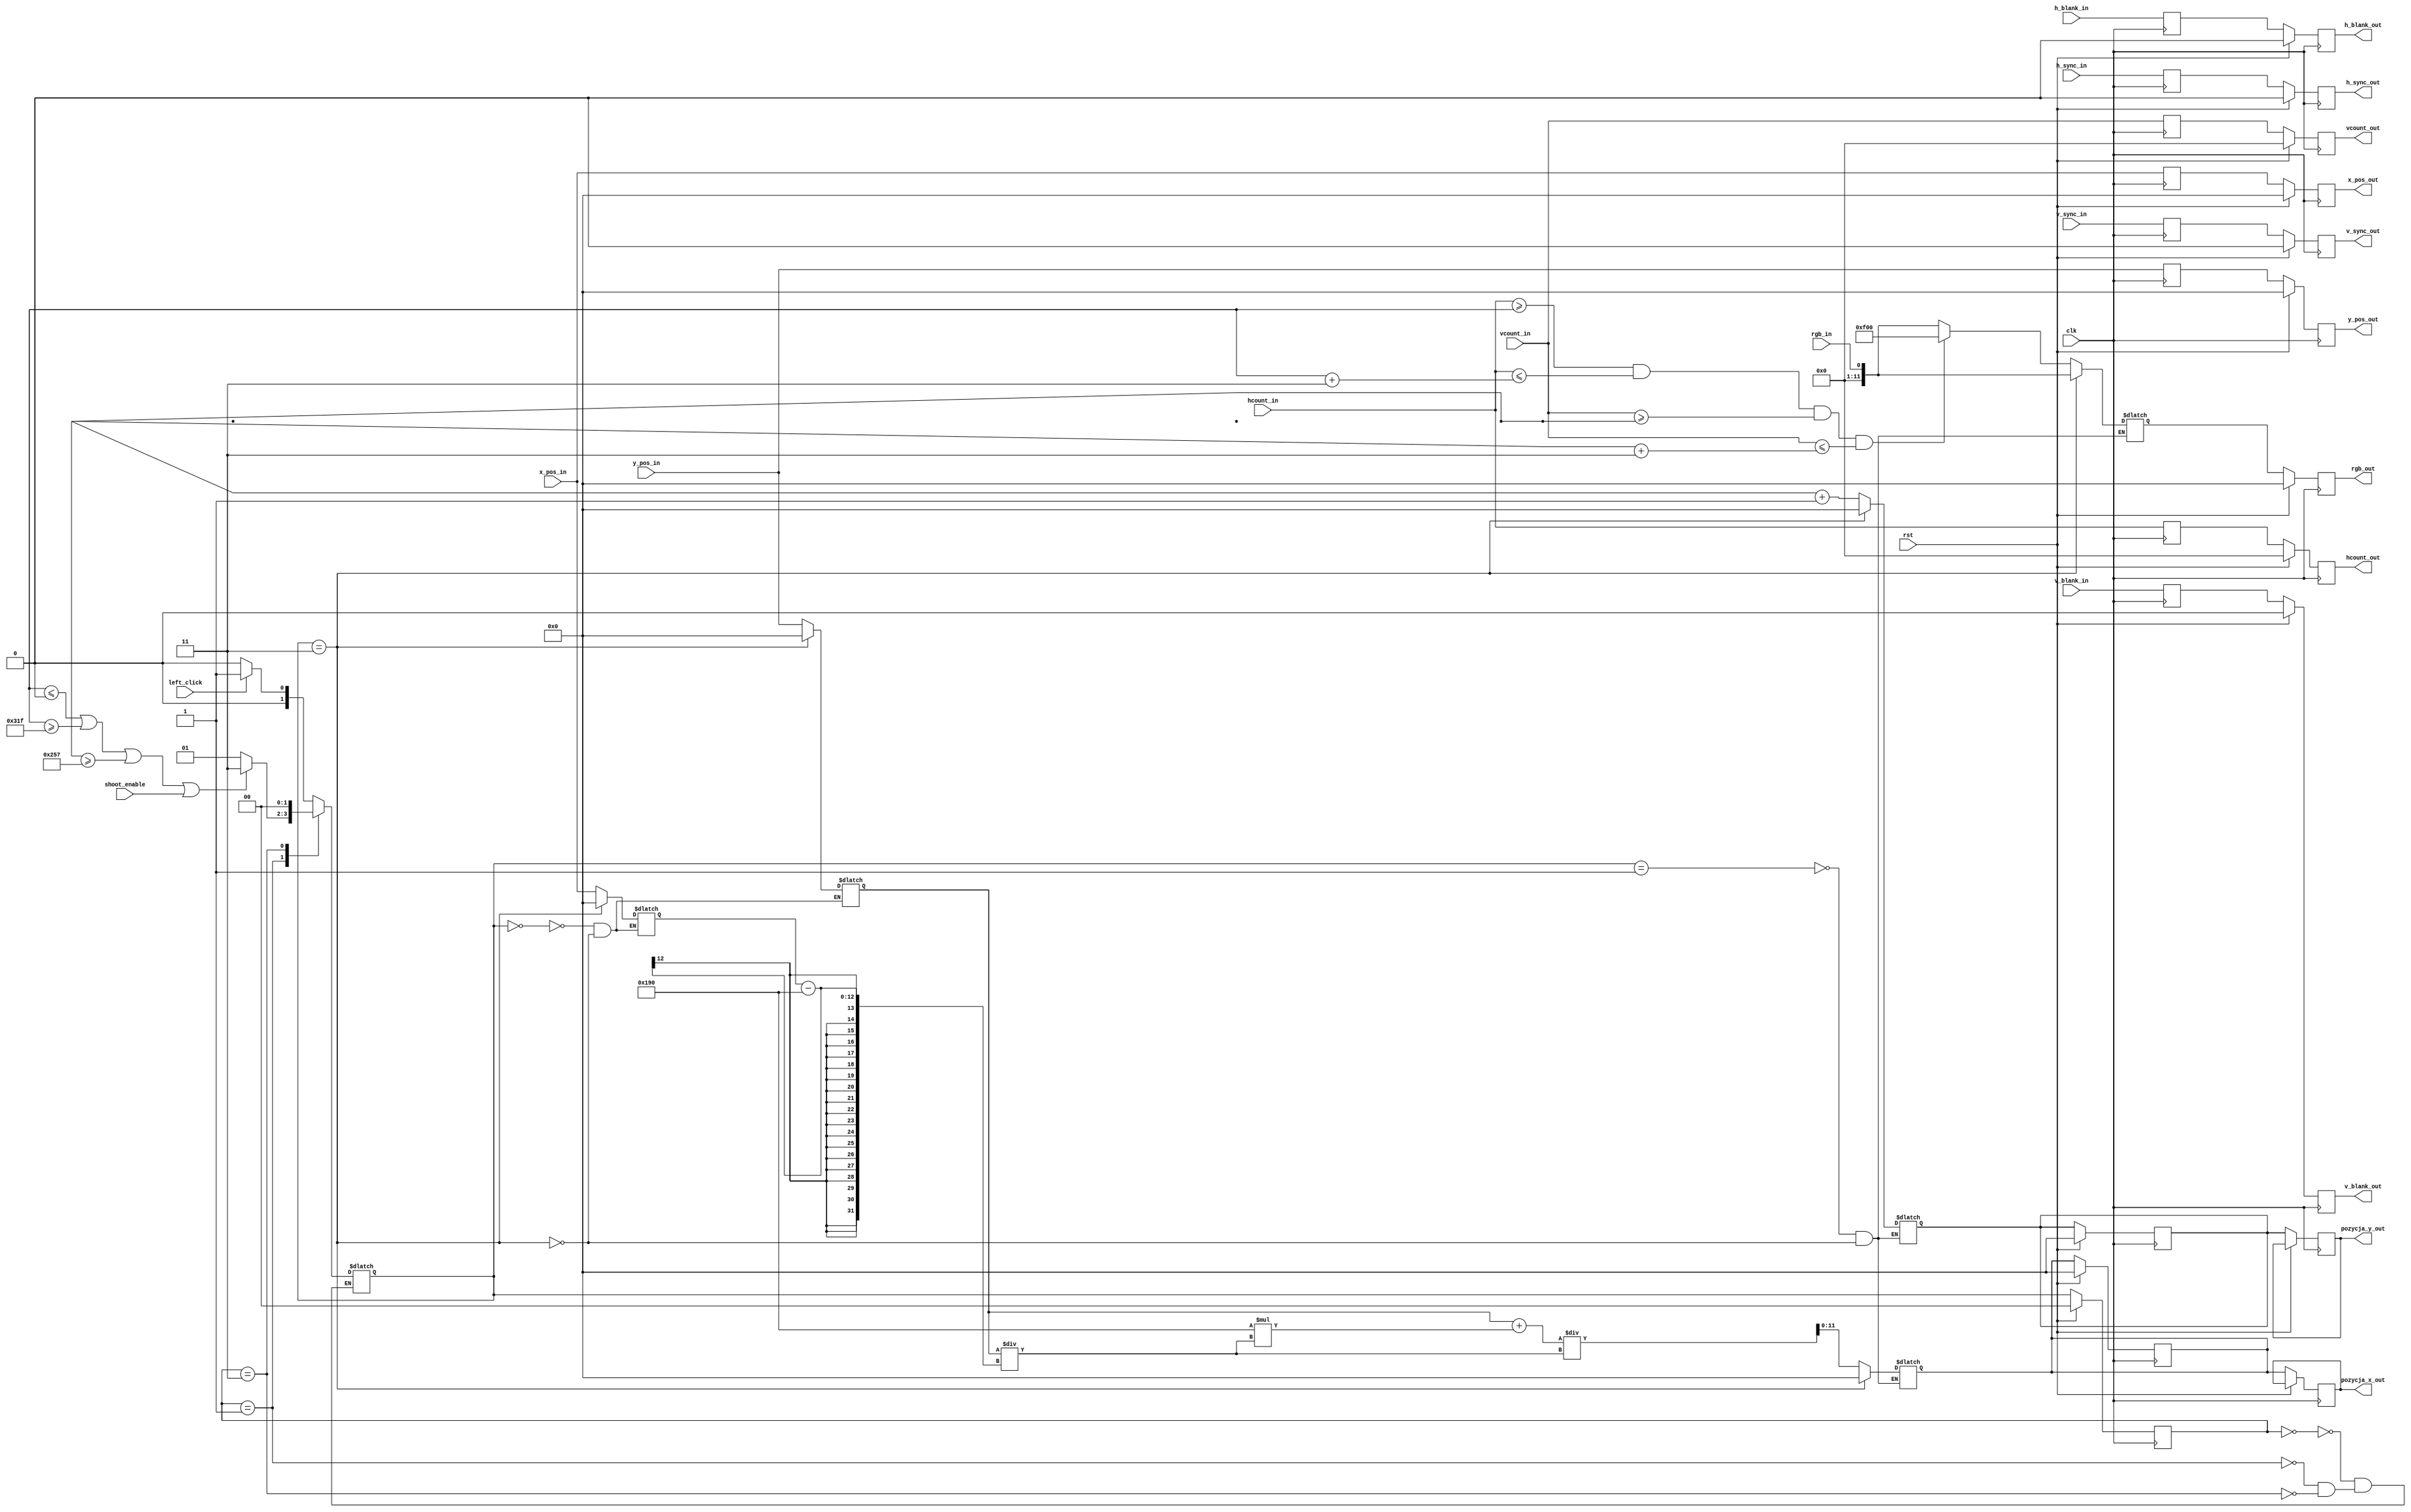
//////////////////////////////////////////////////////////////////////////////
/*
 Module name:   template_fsm
 Author:        Przemek Drwal && Tomek Wieclawek
 Version:       1.1
 Last modified: 2017-04-28
 Coding style: safe with FPGA sync reset
 Description:  Template for modified Moore FSM for UEC2 project
 */
//////////////////////////////////////////////////////////////////////////////
module Strzal

	(

		input wire clk,  // posedge active clock
		input wire rst,  // high-level active synchronous reset
		input wire [10:0] hcount_in,
		input wire [10:0] vcount_in,
		input wire h_sync_in,
		input wire v_sync_in,
		input wire h_blank_in,
		input wire v_blank_in,
		input wire rgb_in,
		output reg [10:0] hcount_out,
        output reg [10:0] vcount_out,		
		output reg h_blank_out,
		output reg v_blank_out,
		output reg h_sync_out,
		output reg v_sync_out,
		output reg [11:0] rgb_out,
		output reg [11:0] x_pos_out,
		output reg [11:0] y_pos_out,
		output reg [11:0] pozycja_y_out,  // pozycja pocisku
		output reg [11:0] pozycja_x_out,
				
		input wire shoot_enable,
		input wire [11:0] x_pos_in,
		input wire [11:0] y_pos_in,
		input wire left_click
		
	);

//------------------------------------------------------------------------------
// local parameters
//------------------------------------------------------------------------------
	localparam STATE_BITS = 2; // number of bits used for state register
	localparam
	ODDAJ_STRZAL = 2'b00, // idle state
	STRZAL = 2'b01,
	USUN_POCISK = 2'b11;

	localparam POCISK_START_X = 400;
	localparam POCISK_START_Y = 0;

//------------------------------------------------------------------------------
// local variables
//------------------------------------------------------------------------------
	reg [ STATE_BITS-1 : 0 ] state = ODDAJ_STRZAL;
	reg [ STATE_BITS-1 : 0 ] state_nxt;
	
	reg  [11:0] pozycja_x_myszy;
	reg  [11:0] pozycja_y_myszy;
	reg  [11:0] pozycja_x;
    reg  [11:0] pozycja_y;	
    reg  [11:0] pozycja_x_nxt;
    reg  [11:0] pozycja_y_nxt;    
    
    reg [10:0] hcount_nxt;
    reg [10:0] vcount_nxt;        
    reg h_blank_nxt;
    reg v_blank_nxt;
    reg h_sync_nxt;
    reg v_sync_nxt;
    reg [11:0] rgb_nxt;
    reg [11:0] x_pos_nxt;
    reg [11:0] y_pos_nxt;
	
//------------------------------------------------------------------------------
// state sequential with synchronous reset
//------------------------------------------------------------------------------
	always @(posedge clk) begin : state_seq
		if(rst)begin : state_seq_rst
			state <= ODDAJ_STRZAL;
		end
		else begin : state_seq_run
			state <= state_nxt;
		end
	end
//------------------------------------------------------------------------------
// next state logic
//------------------------------------------------------------------------------
	always @* begin : state_comb
		case(state)
            ODDAJ_STRZAL: begin
            state_nxt = left_click ? STRZAL : ODDAJ_STRZAL; 
            end
            STRZAL:
            state_nxt = ((pozycja_x<=0) || (pozycja_x >=799) || (pozycja_y >=599) || shoot_enable) ? USUN_POCISK : STRZAL;
            
            USUN_POCISK:
            state_nxt = ODDAJ_STRZAL;
            
		endcase
	end
//------------------------------------------------------------------------------
// output register
//------------------------------------------------------------------------------
    always @(posedge clk) begin : out_nxt
        hcount_nxt <= hcount_in;
        vcount_nxt <= vcount_in;    
        h_blank_nxt <= h_blank_in;
        v_blank_nxt <= v_blank_in;
        h_sync_nxt <= h_sync_in;
        v_sync_nxt <= v_sync_in;
        x_pos_nxt <= x_pos_in;
        y_pos_nxt <= y_pos_in;
    end
    
	always @(posedge clk) begin : out_reg
		if(rst) begin : out_reg_rst
            hcount_out <= 0;
            vcount_out <= 0;    
            h_blank_out <= 0;
            v_blank_out <= 0;
            h_sync_out <= 0;
            v_sync_out <= 0;
            rgb_out <= 0;
            x_pos_out <= 0;
            y_pos_out <= 0;
            pozycja_x_nxt <= 0;
            pozycja_y_nxt <= 0;
		end
		else begin : out_reg_run
            hcount_out <= hcount_nxt;
            vcount_out <= vcount_nxt;    
            h_blank_out <= h_blank_nxt;
            v_blank_out <= v_blank_nxt;
            h_sync_out <= h_sync_nxt;
            v_sync_out <= v_sync_nxt;
            rgb_out <= rgb_nxt;
            x_pos_out <= x_pos_nxt;
            y_pos_out <= y_pos_nxt;
            pozycja_x_out <= pozycja_x_nxt;
            pozycja_y_out <= pozycja_y_nxt;
		end
	end
	
//------------------------------------------------------------------------------
// output logic
//------------------------------------------------------------------------------
	always @* begin : out_comb
		case(state_nxt)
			ODDAJ_STRZAL: begin
            pozycja_x_myszy = x_pos_in;
            pozycja_y_myszy = y_pos_in;
			end
			
			STRZAL: begin
			pozycja_y_nxt = pozycja_y +1'b1;
			pozycja_x_nxt = (pozycja_y_myszy + POCISK_START_X*(pozycja_y_myszy/(pozycja_x_myszy-POCISK_START_X))) / (pozycja_y_myszy/(pozycja_x_myszy-POCISK_START_X));
			if((hcount_in >= pozycja_x) &&  (hcount_in <= pozycja_x + 3) && (vcount_in >= pozycja_y) &&  (vcount_in <= pozycja_y +3))
			     rgb_nxt = 12'hf_0_0_;
			else
			     rgb_nxt = rgb_in;			     
			end
			
			USUN_POCISK: begin
                 rgb_nxt = rgb_in;
                 pozycja_x_nxt = 0;
                 pozycja_y_nxt = 0;
                 pozycja_x_myszy = 0;
                 pozycja_y_myszy = 0;
                 end               
            		
			
		endcase
	end

endmodule